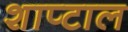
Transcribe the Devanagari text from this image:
शाप्टाल